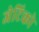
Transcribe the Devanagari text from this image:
जेटिको